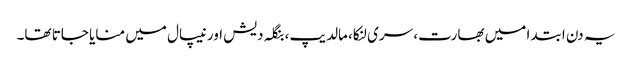
یہ دن ابتدا میں بھارت، سری لنکا، مالدیپ، بنگلہ دیش اور نیپال میں منایا جاتا تھا۔